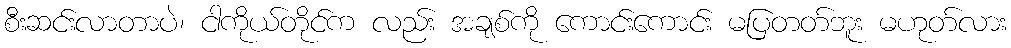
စီးဆင်းလာတာပဲ၊ ငါကိုယ်တိုင်က လည်း အချစ်ကို ကောင်းကောင်း မပြတတ်ဘူး မဟုတ်လား